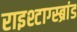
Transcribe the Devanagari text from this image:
राइश्टाग्स्ब्रांड